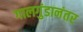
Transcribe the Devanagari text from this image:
गालगुंडानंतर